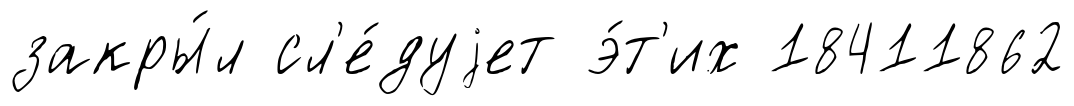
закры́л сл'е́дуjет э́т'их 18411862